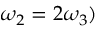
\omega _ { 2 } = 2 \omega _ { 3 } )